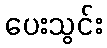
ပေးသွင်း